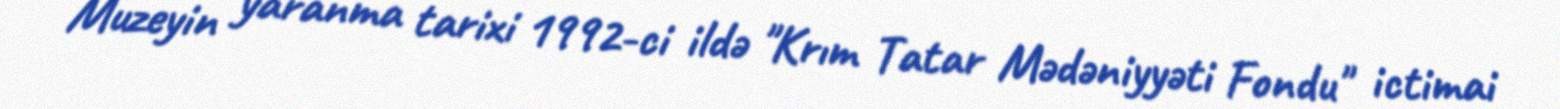
Muzeyin yaranma tarixi 1992-ci ildə "Krım Tatar Mədəniyyəti Fondu" ictimai